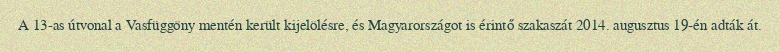
A 13-as útvonal a Vasfüggöny mentén került kijelölésre, és Magyarországot is érintő szakaszát 2014. augusztus 19-én adták át.